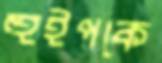
হুইপকে